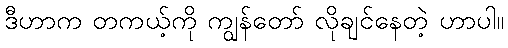
ဒီဟာက တကယ့်ကို ကျွန်တော် လိုချင်နေတဲ့ ဟာပါ။